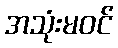
အသုံးမဝင်